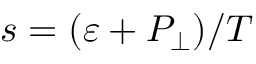
s = ( \varepsilon + P _ { \perp } ) / T